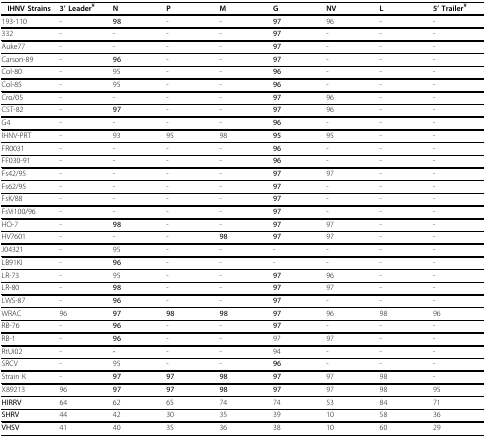
<table><thead><tr><td><b>IHNV Strains</b></td><td><b>3&#x27; Leader<sup>¥</sup></b></td><td><b>N</b></td><td><b>P</b></td><td><b>M</b></td><td><b>G</b></td><td><b>NV</b></td><td><b>L</b></td><td><b>5&#x27; Trailer<sup>¥</sup></b></td></tr></thead><tbody><tr><td>193-110</td><td>-</td><td><b>98</b></td><td>-</td><td>-</td><td><b>97</b></td><td>96</td><td>-</td><td>-</td></tr><tr><td>332</td><td>-</td><td>-</td><td>-</td><td>-</td><td><b>97</b></td><td>-</td><td>-</td><td>-</td></tr><tr><td>Auke77</td><td>-</td><td>-</td><td>-</td><td>-</td><td><b>97</b></td><td>-</td><td>-</td><td>-</td></tr><tr><td>Carson-89</td><td>-</td><td><b>96</b></td><td>-</td><td>-</td><td><b>97</b></td><td>-</td><td>-</td><td>-</td></tr><tr><td>Col-80</td><td>-</td><td>95</td><td>-</td><td>-</td><td><b>96</b></td><td>-</td><td>-</td><td>-</td></tr><tr><td>Col-85</td><td>-</td><td>95</td><td>-</td><td>-</td><td><b>96</b></td><td>-</td><td>-</td><td>-</td></tr><tr><td>Cro/05</td><td>-</td><td>-</td><td>-</td><td>-</td><td><b>97</b></td><td>96</td><td>-</td><td>-</td></tr><tr><td>CST-82</td><td>-</td><td><b>97</b></td><td>-</td><td>-</td><td><b>97</b></td><td>96</td><td>-</td><td>-</td></tr><tr><td>G4</td><td>-</td><td>-</td><td>-</td><td>-</td><td><b>96</b></td><td>-</td><td>-</td><td>-</td></tr><tr><td>IHNV-PRT</td><td>-</td><td>93</td><td>95</td><td>98</td><td><b>95</b></td><td>95</td><td>-</td><td>-</td></tr><tr><td>FR0031</td><td>-</td><td>-</td><td>-</td><td>-</td><td><b>96</b></td><td>-</td><td>-</td><td>-</td></tr><tr><td>FF030-91</td><td>-</td><td>-</td><td>-</td><td>-</td><td><b>96</b></td><td>-</td><td>-</td><td>-</td></tr><tr><td>Fs42/95</td><td>-</td><td>-</td><td>-</td><td>-</td><td><b>97</b></td><td>97</td><td>-</td><td>-</td></tr><tr><td>Fs62/95</td><td>-</td><td>-</td><td>-</td><td>-</td><td><b>97</b></td><td>-</td><td>-</td><td>-</td></tr><tr><td>FsK/88</td><td>-</td><td>-</td><td>-</td><td>-</td><td><b>97</b></td><td>-</td><td>-</td><td>-</td></tr><tr><td>FsVi100/96</td><td>-</td><td>-</td><td>-</td><td>-</td><td><b>97</b></td><td>-</td><td>-</td><td>-</td></tr><tr><td>HO-7</td><td>-</td><td><b>98</b></td><td>-</td><td>-</td><td><b>97</b></td><td>97</td><td>-</td><td>-</td></tr><tr><td>HV7601</td><td>-</td><td>-</td><td>-</td><td><b>98</b></td><td><b>97</b></td><td>97</td><td>-</td><td>-</td></tr><tr><td>J04321</td><td>-</td><td>95</td><td>-</td><td>-</td><td>-</td><td>-</td><td>-</td><td>-</td></tr><tr><td>LB91KI</td><td>-</td><td><b>96</b></td><td>-</td><td>-</td><td>-</td><td>-</td><td>-</td><td>-</td></tr><tr><td>LR-73</td><td>-</td><td>95</td><td>-</td><td>-</td><td><b>97</b></td><td>96</td><td>-</td><td>-</td></tr><tr><td>LR-80</td><td>-</td><td><b>98</b></td><td>-</td><td>-</td><td><b>97</b></td><td>97</td><td>-</td><td>-</td></tr><tr><td>LWS-87</td><td>-</td><td><b>96</b></td><td>-</td><td>-</td><td><b>97</b></td><td>-</td><td>-</td><td>-</td></tr><tr><td>WRAC</td><td>96</td><td><b>97</b></td><td><b>98</b></td><td><b>98</b></td><td><b>97</b></td><td>96</td><td>98</td><td>96</td></tr><tr><td>RB-76</td><td>-</td><td><b>96</b></td><td>-</td><td>-</td><td><b>97</b></td><td>-</td><td>-</td><td>-</td></tr><tr><td>RB-1</td><td>-</td><td><b>96</b></td><td>-</td><td>-</td><td>97</td><td>97</td><td>-</td><td>-</td></tr><tr><td>RtUi02</td><td>-</td><td><b>-</b></td><td>-</td><td>-</td><td>94</td><td>-</td><td>-</td><td>-</td></tr><tr><td>SRCV</td><td>-</td><td>95</td><td>-</td><td>-</td><td><b>96</b></td><td>-</td><td>-</td><td>-</td></tr><tr><td>Strain K</td><td>-</td><td><b>97</b></td><td><b>97</b></td><td><b>98</b></td><td><b>97</b></td><td>97</td><td>98</td><td>-</td></tr><tr><td>X89213</td><td>96</td><td><b>97</b></td><td><b>97</b></td><td><b>98</b></td><td><b>97</b></td><td>97</td><td>98</td><td>95</td></tr><tr><td><b>HIRRV</b></td><td>64</td><td>62</td><td>65</td><td>74</td><td>74</td><td>53</td><td>84</td><td>71</td></tr><tr><td><b>SHRV</b></td><td>44</td><td>42</td><td>30</td><td>35</td><td>39</td><td>10</td><td>58</td><td>36</td></tr><tr><td><b>VHSV</b></td><td>41</td><td>40</td><td>35</td><td>36</td><td>38</td><td>10</td><td>60</td><td>29</td></tr></tbody></table>